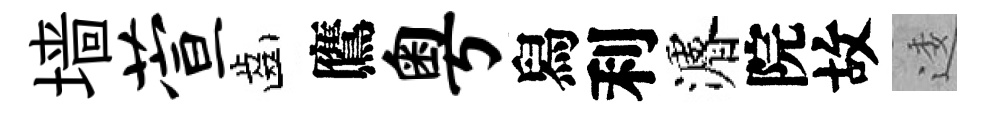
墙萱齒鷹粤舄利濬院故逶